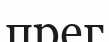
прег